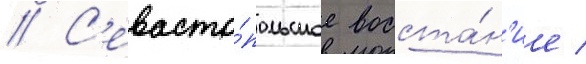
// С'евасто́польское восста́н'ие /